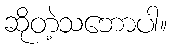
ဆိုတဲ့သဘောပါ။